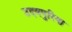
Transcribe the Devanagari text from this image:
उदयपुरिया